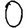
Digit: 0